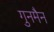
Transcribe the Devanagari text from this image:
गुनमैन